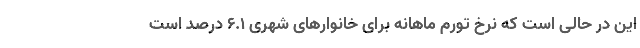
این در حالی است که نرخ تورم ماهانه برای خانوارهای شهری ۶.۱ درصد است